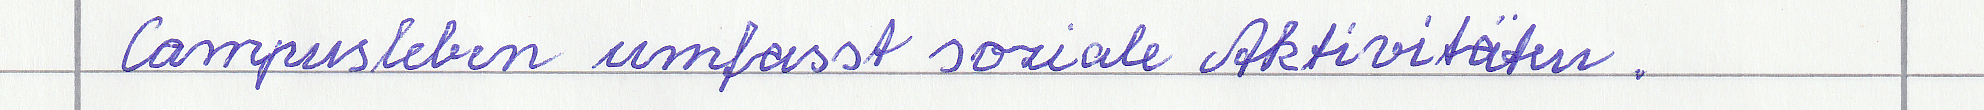
Campusleben umfasst soziale Aktivitäten.